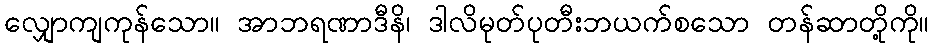
လျှောကျကုန်သော။ အာဘရဏာဒီနိ၊ ဒါလိမုတ်ပုတီးဘယက်စသော တန်ဆာတို့ကို။